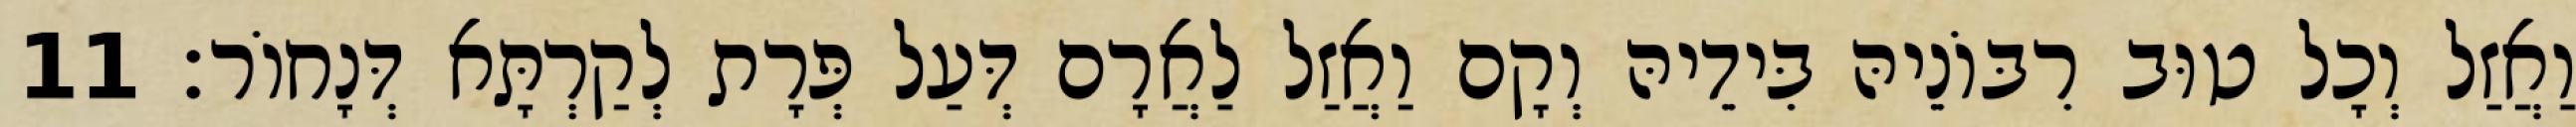
וַאֲזַל וְכָל טוּב רִבּוֹנֵיהּ בִּידֵיהּ וְקָם וַאֲזַל לַאֲרָם דְּעַל פְּרָת לְקַרְתָּא דְּנָחוֹר׃ 11